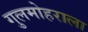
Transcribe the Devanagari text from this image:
गुलमोहराला